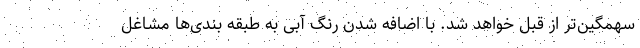
سهمگین‌تر از قبل خواهد شد. با اضافه شدن رنگ آبی به طبقه بندی‌ها مشاغل